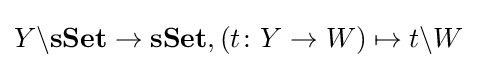
Y\backslash \mathbf {sSet} \rightarrow \mathbf {sSet} ,(t\colon Y\rightarrow W)\mapsto t\backslash W